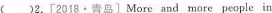
( )2.[2018·青岛]More and more people in